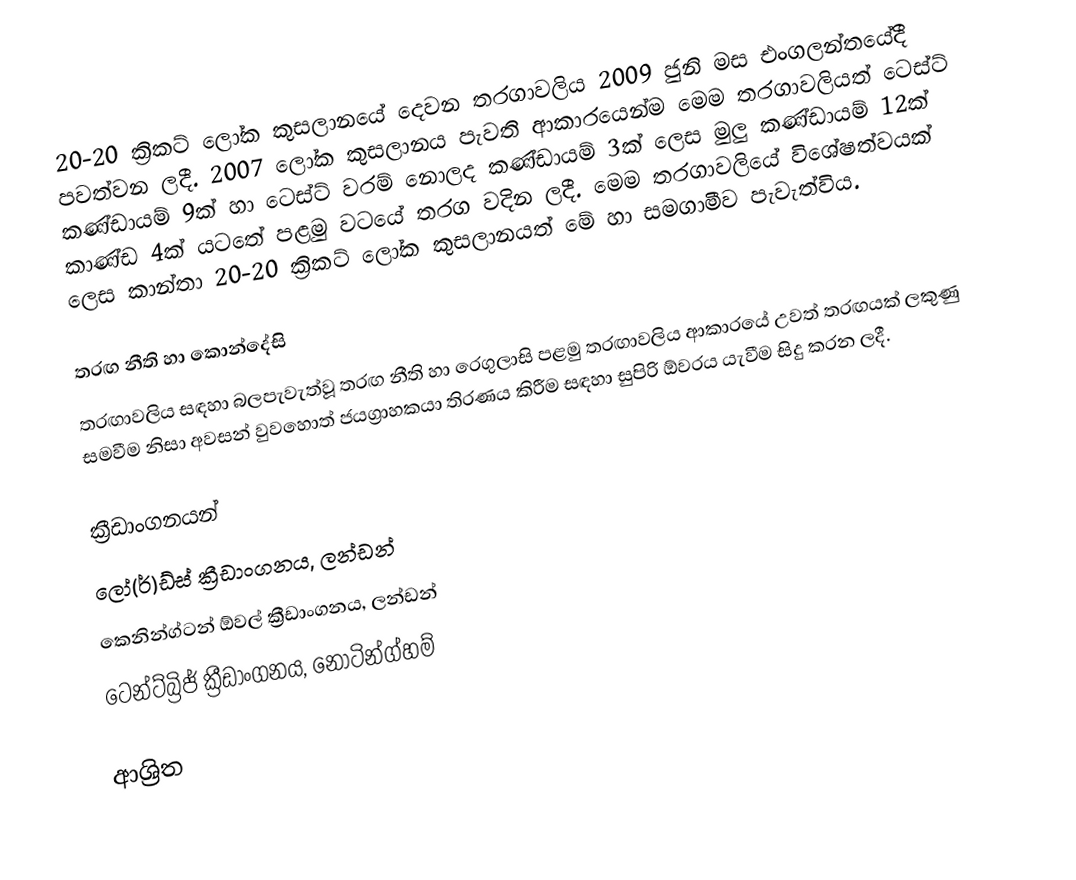
20-20 ක්‍රිකට් ලෝක කුසලානයේ දෙවන තරගාවලිය 2009 ජුනි මස එංගලන්තයේදී පවත්වන ලදී. 2007 ලෝක කුසලානය පැවති ආකාරයෙන්ම මෙම තරගාවලියත් ටෙස්ට් කණ්ඩායම් 9ක් හා ටෙස්ට් වරම් නොලද කණ්ඩායම් 3ක් ලෙස මුලු කණ්ඩායම් 12ක් කාණ්ඩ 4ක් යටතේ පළමු වටයේ තරග වදින ලදී. මෙම තරගාවලියේ විශේෂත්වයක් ලෙස කාන්තා 20-20 ක්‍රිකට් ලෝක කුසලානයත් මේ හා සමගාමීව පැවැත්විය.

තරඟ නීති හා කොන්දේසි
තරඟාවලිය සඳහා බලපැවැත්වූ තරඟ නීති හා රෙගුලාසි පළමු තරඟාවලිය ආකාරයේ උවත් තරඟයක් ලකුණු සමවීම නිසා අවසන් වුවහොත් ජයග්‍රාහකයා තිරණය කිරීම සඳහා සුපිරි ඕවරය යැවීම සිදු කරන ලදී.

ක්‍රීඩාංගනයන්
 ලෝ(ර්)ඩ්ස් ක්‍රීඩාංගනය, ලන්ඩන්
 කෙනින්ග්ටන් ඕවල් ක්‍රීඩාංගනය, ලන්ඩන්
 ටෙන්ට්බ්‍රිජ් ක්‍රීඩාංගනය, නොටින්ග්හම්

ආශ්‍රිත